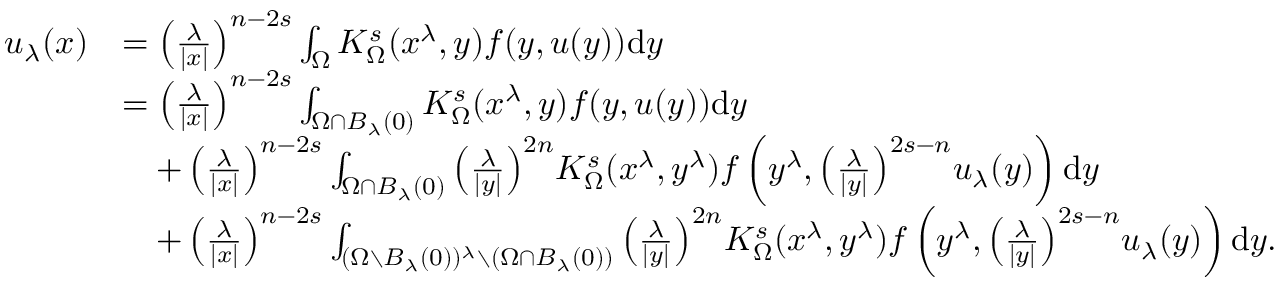
\begin{array} { r l } { u _ { \lambda } ( x ) } & { = \left( \frac { \lambda } { | x | } \right) ^ { n - 2 s } \int _ { \Omega } K _ { \Omega } ^ { s } ( x ^ { \lambda } , y ) f ( y , u ( y ) ) \mathrm d y } \\ & { = \left( \frac { \lambda } { | x | } \right) ^ { n - 2 s } \int _ { \Omega \cap B _ { \lambda } ( 0 ) } K _ { \Omega } ^ { s } ( x ^ { \lambda } , y ) f ( y , u ( y ) ) \mathrm d y } \\ & { \quad + \left( \frac { \lambda } { | x | } \right) ^ { n - 2 s } \int _ { \Omega \cap B _ { \lambda } ( 0 ) } { \left( \frac { \lambda } { | y | } \right) } ^ { 2 n } K _ { \Omega } ^ { s } ( x ^ { \lambda } , y ^ { \lambda } ) f \left( y ^ { \lambda } , { \left( \frac { \lambda } { | y | } \right) } ^ { 2 s - n } u _ { \lambda } ( y ) \right) \mathrm d y } \\ & { \quad + \left( \frac { \lambda } { | x | } \right) ^ { n - 2 s } \int _ { ( \Omega \setminus B _ { \lambda } ( 0 ) ) ^ { \lambda } \setminus ( \Omega \cap B _ { \lambda } ( 0 ) ) } { \left( \frac { \lambda } { | y | } \right) } ^ { 2 n } K _ { \Omega } ^ { s } ( x ^ { \lambda } , y ^ { \lambda } ) f \left( y ^ { \lambda } , { \left( \frac { \lambda } { | y | } \right) } ^ { 2 s - n } u _ { \lambda } ( y ) \right) \mathrm d y . } \end{array}